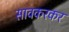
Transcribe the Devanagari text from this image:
सावकरकर